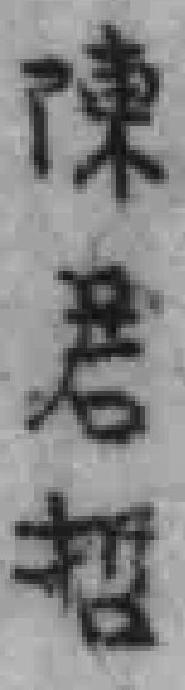
陳君哲